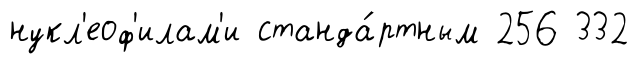
нукл'еоф'илам'и станда́ртным 256 332